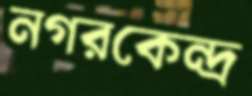
নগরকেন্দ্র